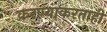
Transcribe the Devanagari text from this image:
करण्याकरताही